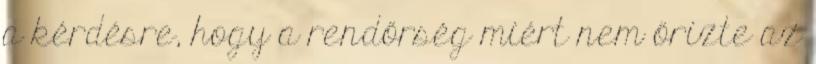
a kérdésre, hogy a rendőrség miért nem őrizte az